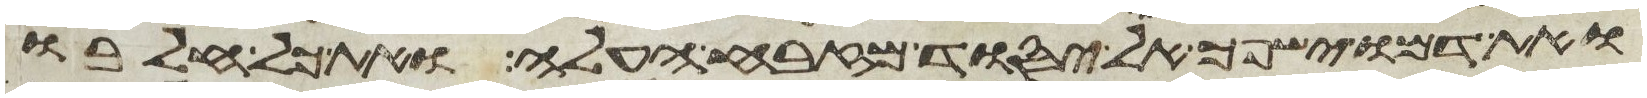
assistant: ואת דמו ישפך אל יסוד מזבח העלה ואת כל חלבו